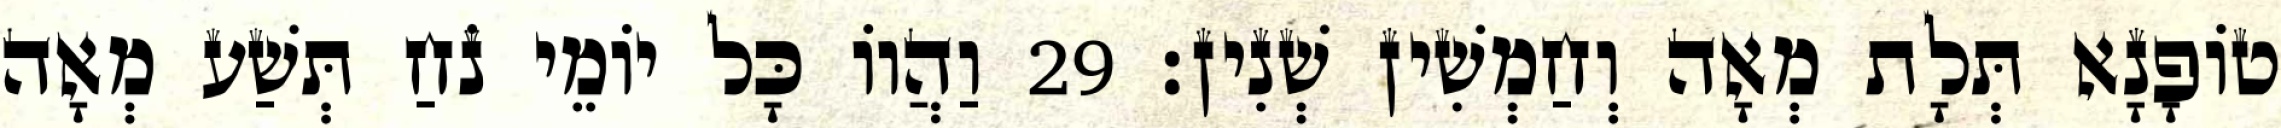
טוֹפָנָא תְּלָת מְאָה וְחַמְשִׁין שְׁנִין׃ 29 וַהֲווֹ כָּל יוֹמֵי נֹחַ תְּשַׁע מְאָה